King Institute of Preventive Medicine Micro-Biological Section reports 1909-11
Year: 1909
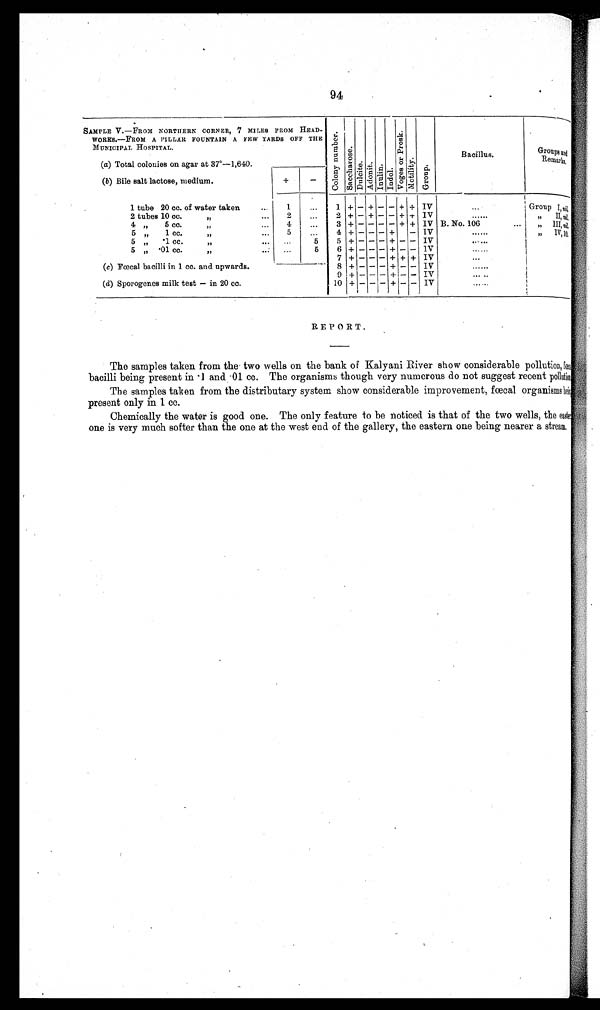
94
SAMPLE V.— FROM NORTHERN CORNER, 7 MILES FROM HEAD-
WORKS.—FROM A PILLAR FOUNTAIN A FEN YARDS OFF THE
MUNICIPAL HOSPITAL.
Co l o n y n u mb e r .
S a c c h a r o s e .
Dul ci t e. Adoni t .
I nul i n. Indol.
V o g e s o r P r o s k .
Mo t i l i t y .
Group.
Bacillus.
G r o u p s a n d R e m a r k s .
(a) Total colonies on agar at 37°—1,640.
(b) Bile salt lactose, medium.
+
—
1 tube 20 cc. of water taken
. . .
1
...
1 + — + — — + + IV
. . .
Group
I , n i l .
2 tubes 10 cc.
,,
...
2
...
2 + — + — — + + IV
......
,,
II, nil.
4 „
5 cc.
,,
...
4
...
3 + — — — — + + IV B. No. 106
. . .
,,
I I I , n i l .
5 „
1 cc.
,,
...
5
. . .
4
+
— — —
+
— IV
. . . . . .
,,
I V , 1 0 .
5 „
.1 cc.
,,
...
...
5
5 + — — — + — — IV
. . . . . .
5 „
.01 cc.
,,
...
...
5
6
+
— — —
+
— —
IV
......
7
— — — —
+
+ + IV
. . .
(c) Fœcal bacilli in 1 cc. and upwards.
8 + — — — + — — IV
. . . . . .
(d) Sporogenes milk test — in 20 cc.
9
— — — — — — —
IV
. . . . . . .
10 + — — — + — — IV ......
The samples taken from the two wells on the bank of Kalyani River show considerable pollution, fœca
bacilli being present in .1 and 01 cc. The organisms though very numerous do not suggest recent pollution
The samples taken from the distributary system show considerable improvement, fœcal organisms being
present only in 1 cc.
Chemically the water is good one. The only feature to be noticed is that of the two wells, the easter
one is very much softer than the one at the west end of the gallery, the eastern one being nearer a stream.